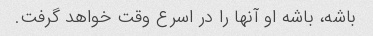
باشه، باشه او آنها را در اسرع وقت خواهد گرفت.